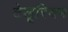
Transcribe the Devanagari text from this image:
टेलूरियम